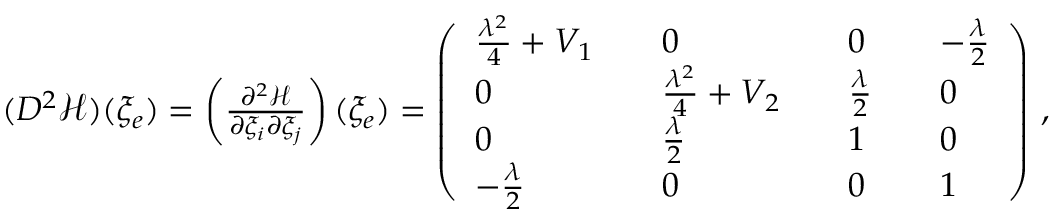
\begin{array} { r } { ( D ^ { 2 } { \mathcal { H } } ) ( \xi _ { e } ) = \left( \frac { \partial ^ { 2 } { \mathcal { H } } } { \partial \xi _ { i } \partial \xi _ { j } } \right) ( \xi _ { e } ) = \left( \begin{array} { l l l l l l l } { \frac { \lambda ^ { 2 } } { 4 } + V _ { 1 } } & & { 0 } & & { 0 } & & { - \frac { \lambda } { 2 } } \\ { 0 } & & { \frac { \lambda ^ { 2 } } { 4 } + V _ { 2 } } & & { \frac { \lambda } { 2 } } & & { 0 } \\ { 0 } & & { \frac { \lambda } { 2 } } & & { 1 } & & { 0 } \\ { - \frac { \lambda } { 2 } } & & { 0 } & & { 0 } & & { 1 } \end{array} \right) \, , } \end{array}